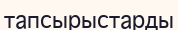
тапсырыстарды